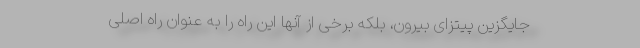
جایگزین پیتزای بیرون، بلکه برخی از آنها این راه را به عنوان راه اصلی